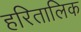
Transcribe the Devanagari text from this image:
हरितालिक